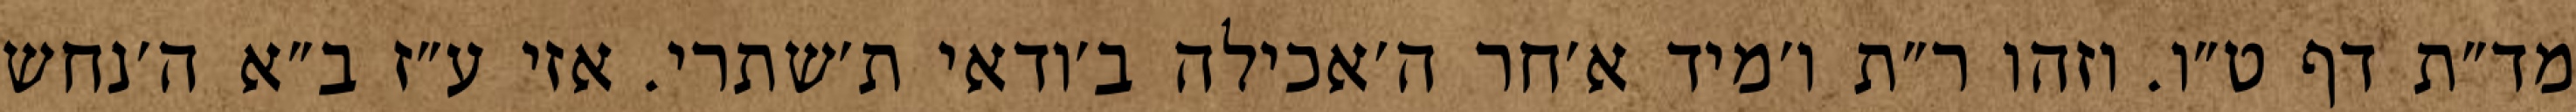
מד״ת דף ט״ו. וזהו ר״ת ו׳מיד א׳חר ה׳אכילה ב׳ודאי ת׳שתרי. אזי ע״ז ב״א ה׳נחש